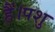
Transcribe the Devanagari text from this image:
हैं।पशु